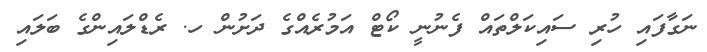
ނަގާފައި ހުރި ސައިކަލްތައް ފެނުނީ ކޯޓް އަމުރެއްގެ ދަށުން ހ. ރެޑްލައިންގެ ބަލައި